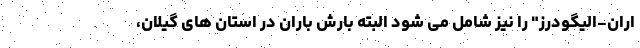
اران-الیگودرز" را نیز شامل می شود البته بارش باران در استان های گیلان،